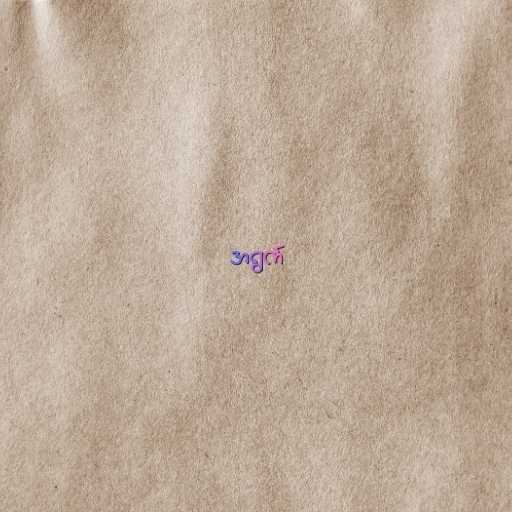
အရွက်